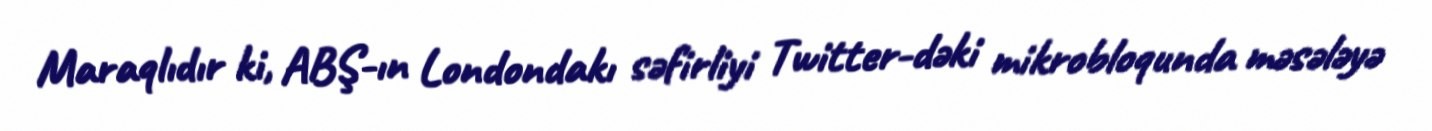
Maraqlıdır ki, ABŞ-ın Londondakı səfirliyi Twitter-dəki mikrobloqunda məsələyə